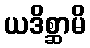
ယဒိစ္ဆာမိ